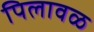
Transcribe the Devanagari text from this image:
पिलावळ